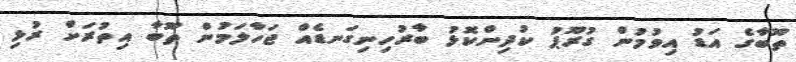
ތޫބާގެ އަޑު އިވުމުން ގުރޫޕު ކުދިންކޮޅު ބާރުހިނިގަނޑެއް ޖަހާލަމުން ތޫބާ އިތުރަށް ރުޅި